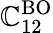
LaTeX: \mathbb{C}_{12}^{\mathrm{{BO}}}